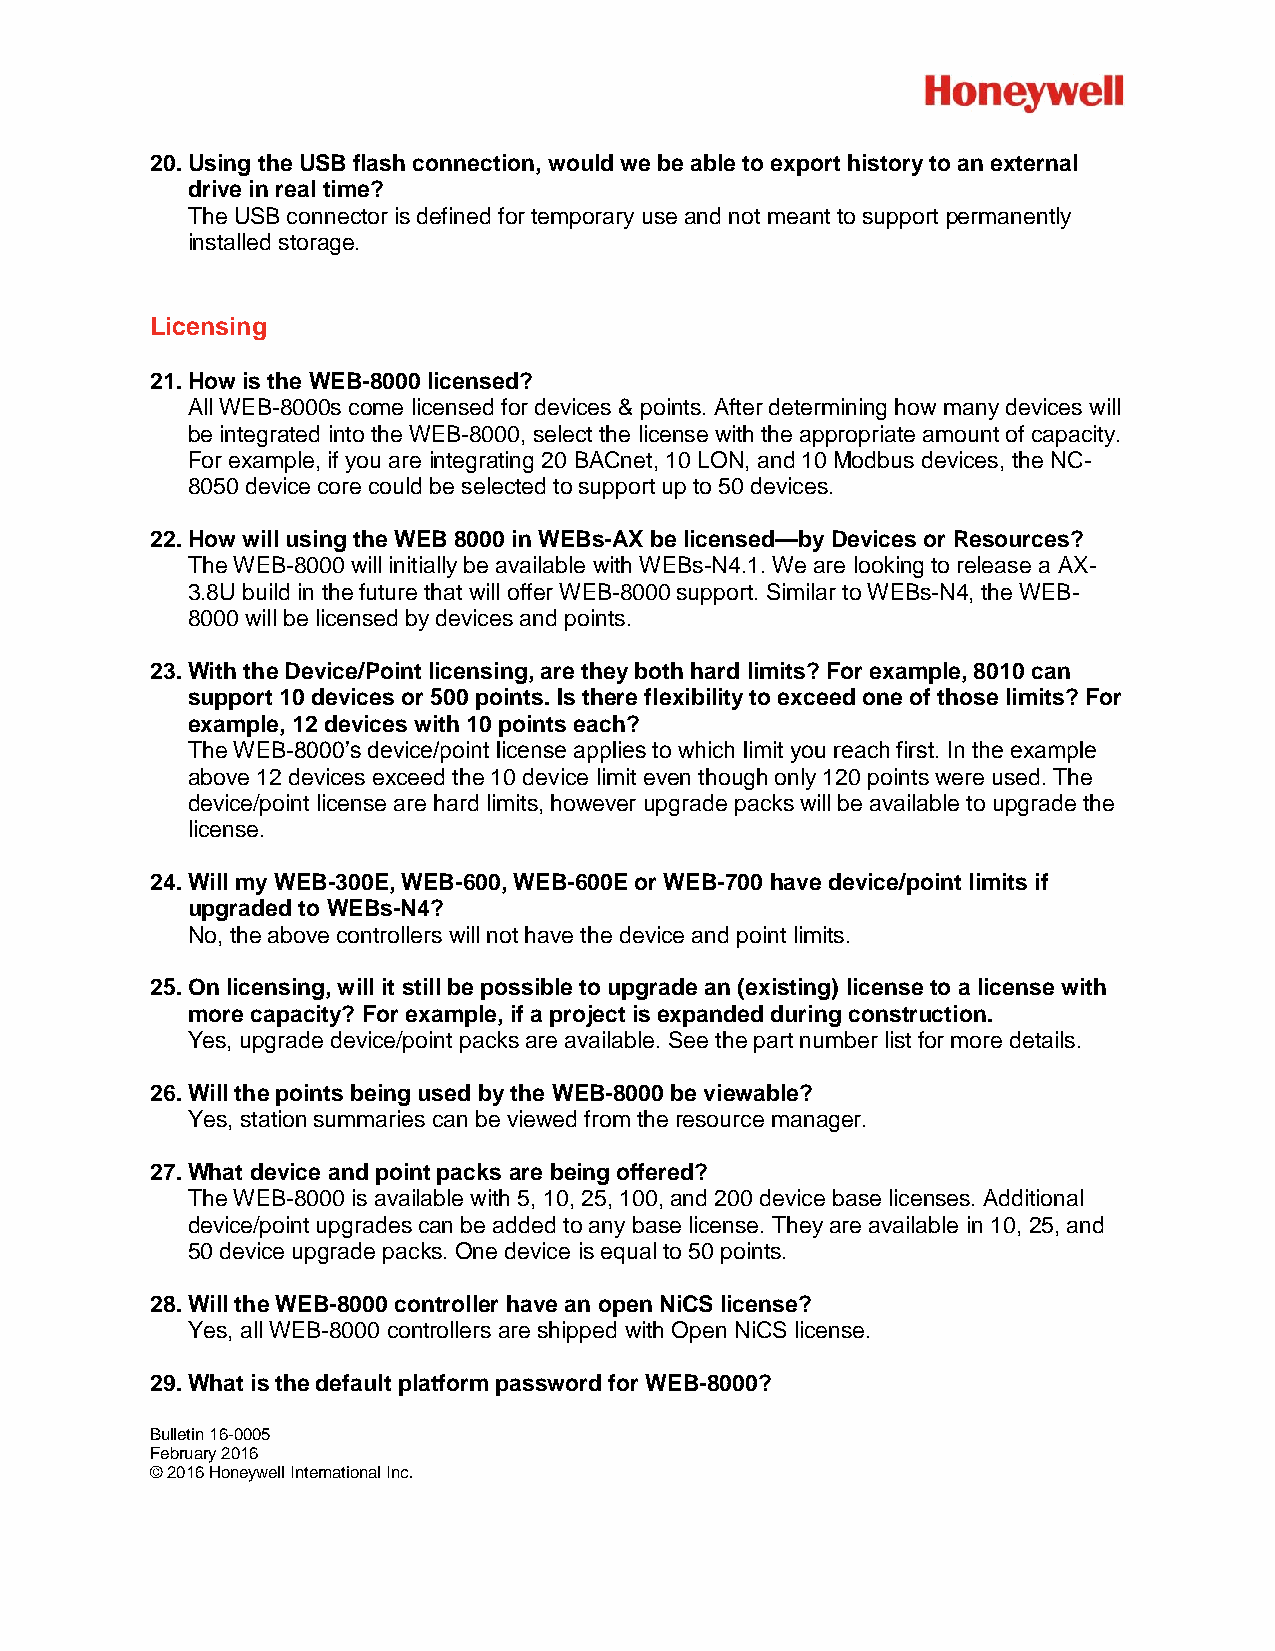
20. Using the USB flash connection, would we be able to export history to an external
 drive in real time?
 The USB connector is defined for temporary use and not meant to support permanently
 installed storage.
 Licensing
 21. How is the WEB-8000 licensed?
 All WEB-8000s come licensed for devices & points. After determining how many devices will
 be integrated into the WEB-8000, select the license with the appropriate amount of capacity.
 For example, if you are integrating 20 BACnet, 10 LON, and 10 Modbus devices, the NC-
 8050 device core could be selected to support up to 50 devices.
 22. How will using the WEB 8000 in WEBs-AX be licensed—by Devices or Resources?
 The WEB-8000 will initially be available with WEBs-N4.1. We are looking to release a AX-
 3.8U build in the future that will offer WEB-8000 support. Similar to WEBs-N4, the WEB-
 8000 will be licensed by devices and points.
 23. With the Device/Point licensing, are they both hard limits? For example, 8010 can
 support 10 devices or 500 points. Is there flexibility to exceed one of those limits? For
 example, 12 devices with 10 points each?
 The WEB-8000’s device/point license applies to which limit you reach first. In the example
 above 12 devices exceed the 10 device limit even though only 120 points were used. The
 device/point license are hard limits, however upgrade packs will be available to upgrade the
 license.
 24. Will my WEB-300E, WEB-600, WEB-600E or WEB-700 have device/point limits if
 upgraded to WEBs-N4?
 No, the above controllers will not have the device and point limits.
 25. On licensing, will it still be possible to upgrade an (existing) license to a license with
 more capacity? For example, if a project is expanded during construction.
 Yes, upgrade device/point packs are available. See the part number list for more details.
 26. Will the points being used by the WEB-8000 be viewable?
 Yes, station summaries can be viewed from the resource manager.
 27. What device and point packs are being offered?
 The WEB-8000 is available with 5, 10, 25, 100, and 200 device base licenses. Additional
 device/point upgrades can be added to any base license. They are available in 10, 25, and
 50 device upgrade packs. One device is equal to 50 points.
 28. Will the WEB-8000 controller have an open NiCS license?
 Yes, all WEB-8000 controllers are shipped with Open NiCS license.
 29. What is the default platform password for WEB-8000?
 Bulletin 16-0005
 February 2016
 © 2016 Honeywell International Inc.